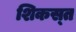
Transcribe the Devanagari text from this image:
शिकस्‍त